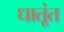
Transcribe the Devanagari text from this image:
धातूंत